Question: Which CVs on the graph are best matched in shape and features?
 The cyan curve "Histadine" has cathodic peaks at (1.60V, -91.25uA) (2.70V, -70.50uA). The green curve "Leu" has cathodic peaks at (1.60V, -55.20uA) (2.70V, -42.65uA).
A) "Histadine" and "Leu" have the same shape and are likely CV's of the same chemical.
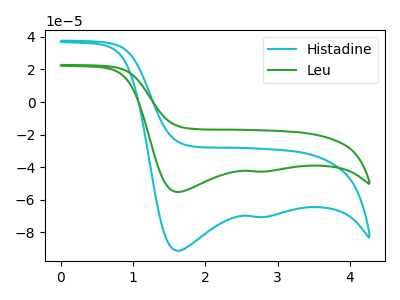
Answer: <think>All the peaks in "Histadine" have a peak in "Leu" at the same potential. Every peak in "Histadine" is higher than every peak in "Leu".
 </think>
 <answer>A) "Histadine" and "Leu" have the same shape and are likely CV's of the same chemical.</answer>
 <eval>A</eval>